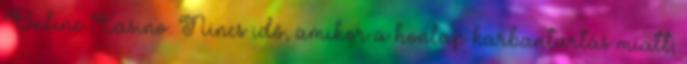
Online Casino. Nincs idő, amikor a honlap karbantartás miatt;